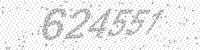
Solution: 624551